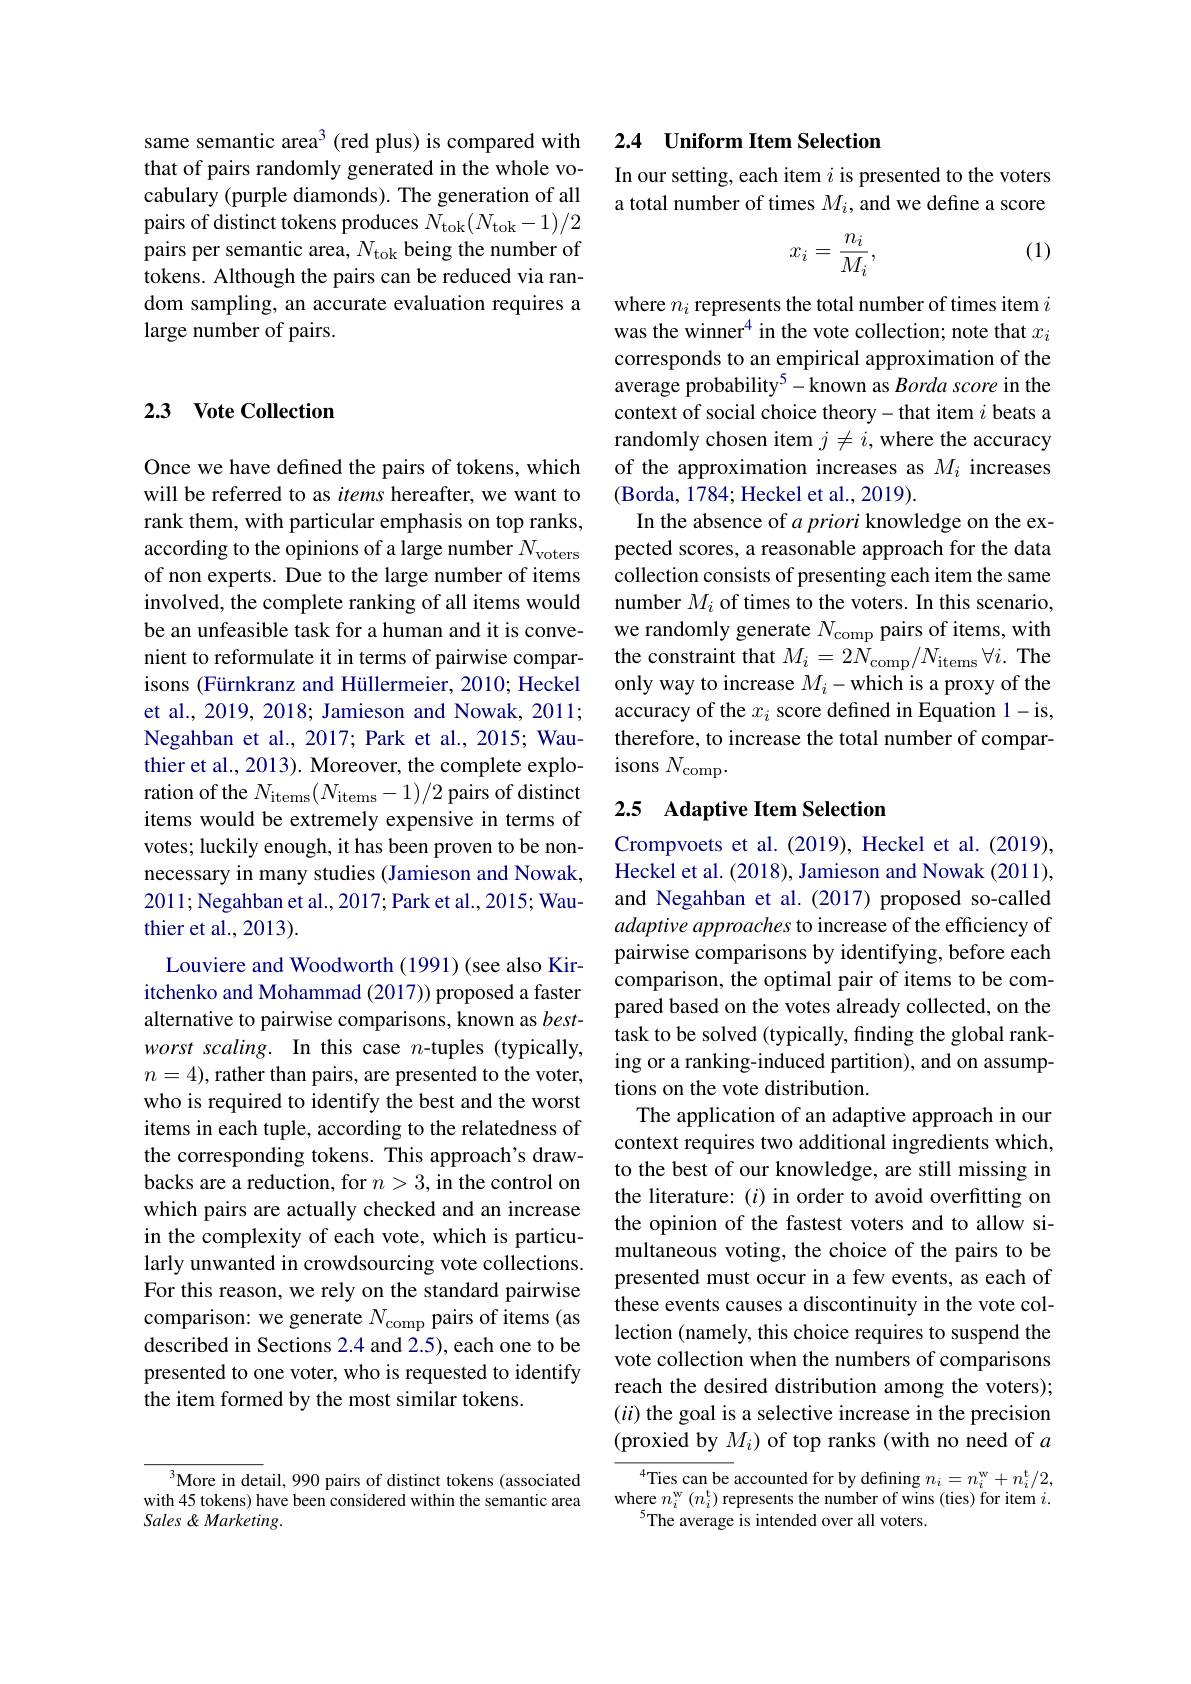
same semantic area$^3$ (red plus) is compared with that of pairs randomly generated in the whole vocabulary (purple diamonds). The generation of all pairs of distinct tokens produces $N_\mathrm{tok}(N_\mathrm{tok}-1)/2$ pairs per semantic area, $N_\mathrm{tok}$ being the number of tokens. Although the pairs can be reduced via random sampling, an accurate evaluation requires a large number of pairs.

More in detail, 990 pairs of distinct tokens (associated with 45 tokens) have been considered within the semantic area Sales &Marketing.

## 2.3 Vote Collection

Once we have defined the pairs of tokens, which will be referred to as items hereafter, we want to rank them, with particular emphasis on top ranks, according to the opinions of a large number $N_\mathrm{voters}$ of non experts. Due to the large number of items involved, the complete ranking of all items would be an unfeasible task for a human and it is convenient to reformulate it in terms of pairwise comparisons (Fürnkranz and Hüllermeier, 2010; Heckel et al., 2019, 2018; Jamieson and Nowak, 2011; Negahban et al., 2017; Park et al., 2015; Wauthier et al., 2013). Moreover, the complete exploration of the $N_\mathrm{items}(N_\mathrm{items}-1)/2$ pairs of distinct items would be extremely expensive in terms of votes; luckily enough, it has been proven to be nonnecessary in many studies (Jamieson and Nowak, 2011;Negahban et al., 2017; Park et al., 2015; Wauthier et al., 2013).
Louviere and Woodworth (1991) (see also Kiritchenko and Mohammad (2017)) proposed a faster alternative to pairwise comparisons, known as bestworst scaling. In this case $n$-tuples (typically, $n=4)$,rather than pairs, are presented to the voter, who is required to identify the best and the worst items in each tuple, according to the relatedness of the corresponding tokens. This approach's drawbacks are a reduction, for $n>3$, in the control on which pairs are actually checked and an increase in the complexity of each vote, which is particularly unwanted in crowdsourcing vote collections. For this reason, we rely on the standard pairwise comparison: we generate $N_\mathrm{comp}$ pairs of items (as described in Sections 2.4 and 2.5), each one to be presented to one voter, who is requested to identify the item formed by the most similar tokens.

## 2.4 Uniform Item Selection

In our setting, each item $i$ is presented to the voters a total number of times $M_i$, and we define a score

(1)
$$x_i=\frac{n_i}{M_i},$$
where $n_i$ represents the total number of times item $i$ was the winner$^4$ in the vote collection; note that $x_i$ corresponds to an empirical approximation of the average probability$^5-$known as Borda score in the context of social choice theory- that item $i$ beats a randomly chosen item $j\neq i$,where the accuracy of the approximation increases as $M_i$ increases (Borda, 1784; Heckel et al., 2019).
In the absence of $a\textit{priori knowledge on the ex- }$ pected scores, a reasonable approach for the data collection consists of presenting each item the same number $M_i$ of times to the voters. In this scenario, we randomly generate $N_\mathrm{comp}$ pairs of items, with the constraint that $M_i=2N_{\mathrm{comp}}/N_{\mathrm{items}}\forall i.$ The only way to increase $M_i-$which is a proxy of the accuracy of the $x_i$ score defined in Equation 1-is, therefore, to increase the total number of comparisons $N_\mathrm{comp}.$

## 2.5 Adaptive Item Selection

Crompvoets et al. (2019), Heckel et al. (2019), Heckel et al. (2018), Jamieson and Nowak (2011), and Negahban et al.(2017) proposed so-called adaptive approaches to increase of the efficiency of pairwise comparisons by identifying, before each comparison, the optimal pair of items to be compared based on the votes already collected, on the task to be solved (typically, finding the global ranking or a ranking-induced partition), and on assumptions on the vote distribution.
The application of an adaptive approach in our context requires two additional ingredients which, to the best of our knowledge, are still missing in the literature: $(i)$ in order to avoid overfitting on the opinion of the fastest voters and to allow simultaneous voting, the choice of the pairs to be presented must occur in a few events, as each of these events causes a discontinuity in the vote collection (namely, this choice requires to suspend the vote collection when the numbers of comparisons reach the desired distribution among the voters); $(ii)$ the goal is a selective increase in the precision (proxied by $M_i)$ of top ranks (with no need of $a$
$^{4}$Ties can be accounted for by defining $n_i=n_i^\mathrm{w}+n_i^\mathrm{t}/2$,

where $n_i^\mathrm{w}\left(n_i^\mathrm{t}\right)$ represents the number of wins (ties) for item $i.$
$^{5}$The average is intended over all voters.